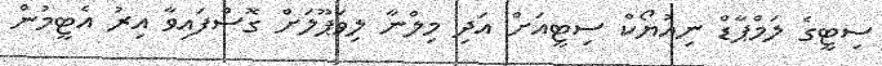
ސިޓީގެ ލަމްޕާޑް ނިއުޔޯކް ސިޓީއަށް އަދި މިލްނާ ލިވަޕޫލަށް ގޮސްފައިވާ އިރު އެޓީމުން